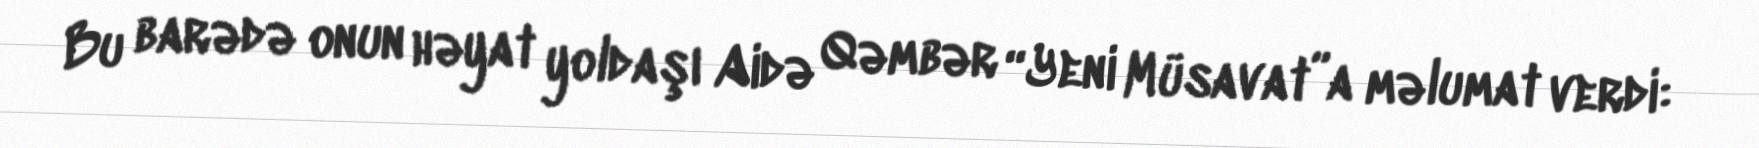
Bu barədə onun həyat yoldaşı Aidə Qəmbər “Yeni Müsavat”a məlumat verdi: